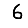
Digit: 6